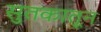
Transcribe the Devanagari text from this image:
सुतकातून